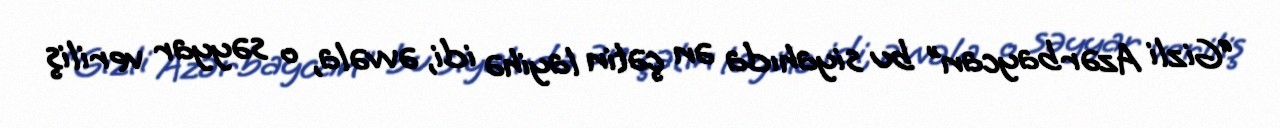
“Gizli Azərbaycan” bu siyahıda ən çətin layihə idi, əvvəla, o səyyar veriliş